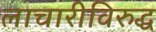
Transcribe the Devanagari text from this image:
लाचारीविरुद्ध